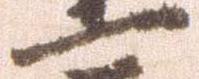
一